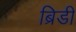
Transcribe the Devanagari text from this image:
ब्रिडी